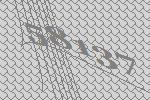
58137